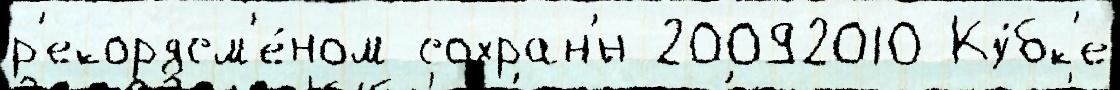
р'екордсм'е́ном сохран'́н 20092010 Ку́бк'е